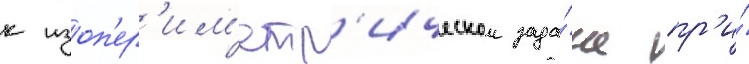
к изоп'ер'им'етр'ическои зада́че пр'и́